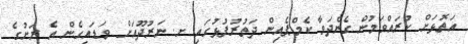
އަތޮޅަށް ކުރައްވަމުން ގެންދަވާ ކެމްޕެއިން ދަތުރުފުޅުގައި ށ. ނަރުދޫއަށް ވަޑައިގެން އެ ރަށުގެ